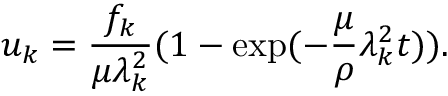
u _ { k } = \frac { f _ { k } } { \mu \lambda _ { k } ^ { 2 } } ( 1 - \exp ( - \frac { \mu } { \rho } \lambda _ { k } ^ { 2 } t ) ) .